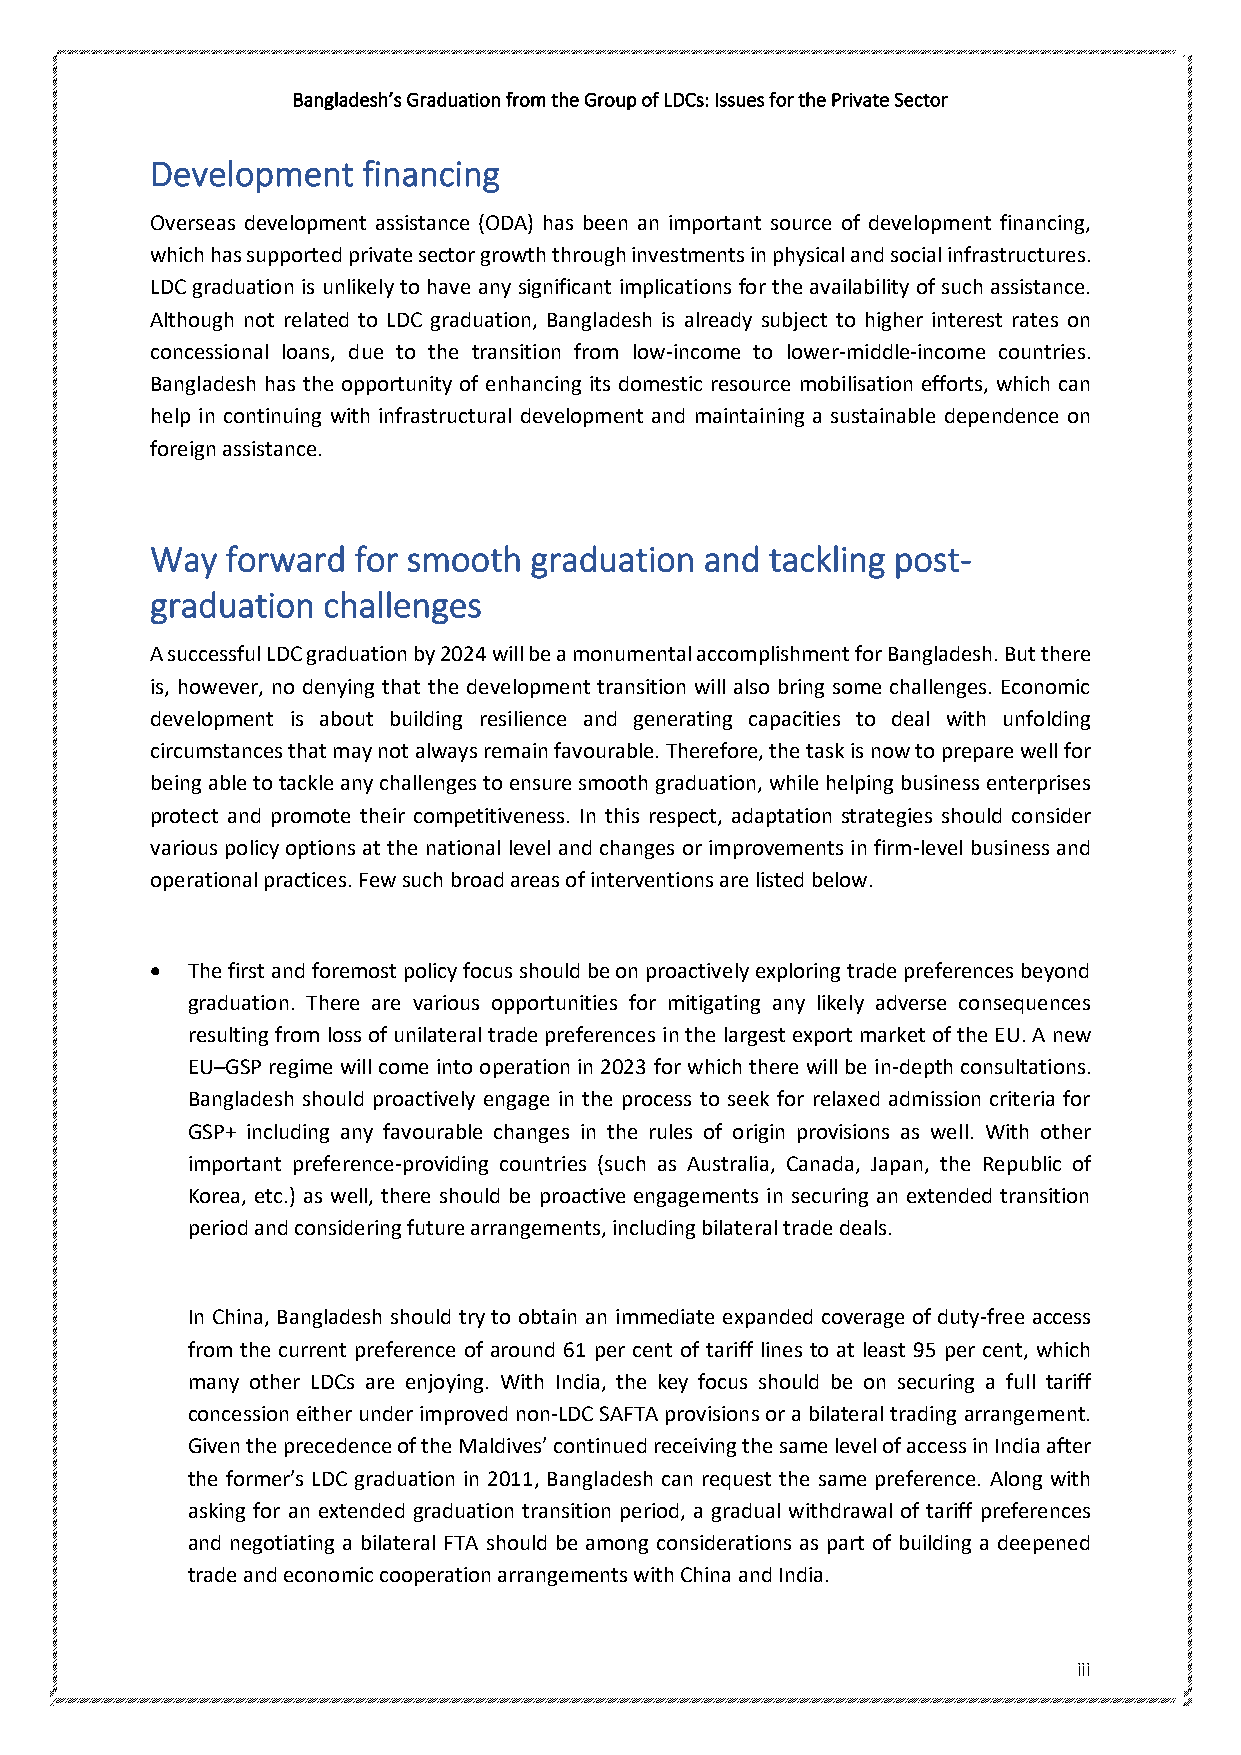
Bangladesh’s Graduation from the Group of LDCs: Issues for the Private Sector
 Development   financing
 Overseas development assistance (ODA) has been an important source of development financing,
 which has supported private sector growth through investments in physical and social infrastructures.
 LDC graduation is unlikely to have any significant implications for the availability of such assistance.
 Although not related to LDC graduation, Bangladesh is already subject to higher interest rates on
 concessional loans, due to the transition from low-income to lower-middle-income countries.
 Bangladesh has the opportunity of enhancing its domestic resource mobilisation efforts, which can
 help in continuing with infrastructural development and maintaining a sustainable dependence on
 foreign assistance.
 Way  forward for smooth  graduation  and tackling post-
 graduation challenges
 A successful LDC graduation by 2024 will be a monumental accomplishment for Bangladesh. But there
 is, however, no denying that the development transition will also bring some challenges. Economic
 development is about building resilience and generating capacities to deal with unfolding
 circumstances that may not always remain favourable. Therefore, the task is now to prepare well for
 being able to tackle any challenges to ensure smooth graduation, while helping business enterprises
 protect and promote their competitiveness. In this respect, adaptation strategies should consider
 various policy options at the national level and changes or improvements in firm-level business and
 operational practices. Few such broad areas of interventions are listed below.
 • The first and foremost policy focus should be on proactively exploring trade preferences beyond
 graduation. There are various opportunities for mitigating any likely adverse consequences
 resulting from loss of unilateral trade preferences in the largest export market of the EU. A new
 EU–GSP regime will come into operation in 2023 for which there will be in-depth consultations.
 Bangladesh should proactively engage in the process to seek for relaxed admission criteria for
 GSP+ including any favourable changes in the rules of origin provisions as well. With other
 important preference-providing countries (such as Australia, Canada, Japan, the Republic of
 Korea, etc.) as well, there should be proactive engagements in securing an extended transition
 period and considering future arrangements, including bilateral trade deals.
 In China, Bangladesh should try to obtain an immediate expanded coverage of duty-free access
 from the current preference of around 61 per cent of tariff lines to at least 95 per cent, which
 many other LDCs are enjoying. With India, the key focus should be on securing a full tariff
 concession either under improved non-LDC SAFTA provisions or a bilateral trading arrangement.
 Given the precedence of the Maldives’ continued receiving the same level of access in India after
 the former’s LDC graduation in 2011, Bangladesh can request the same preference. Along with
 asking for an extended graduation transition period, a gradual withdrawal of tariff preferences
 and negotiating a bilateral FTA should be among considerations as part of building a deepened
 trade and economic cooperation arrangements with China and India.
 iii